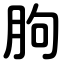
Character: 朐